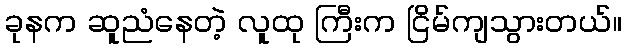
ခုနက ဆူညံနေတဲ့ လူထု ကြီးက ငြိမ်ကျသွားတယ်။